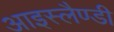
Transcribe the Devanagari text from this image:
आइस्लैण्डी